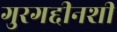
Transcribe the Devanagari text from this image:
गुरगद्दीनशीं